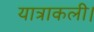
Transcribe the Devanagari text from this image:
यात्राकली।